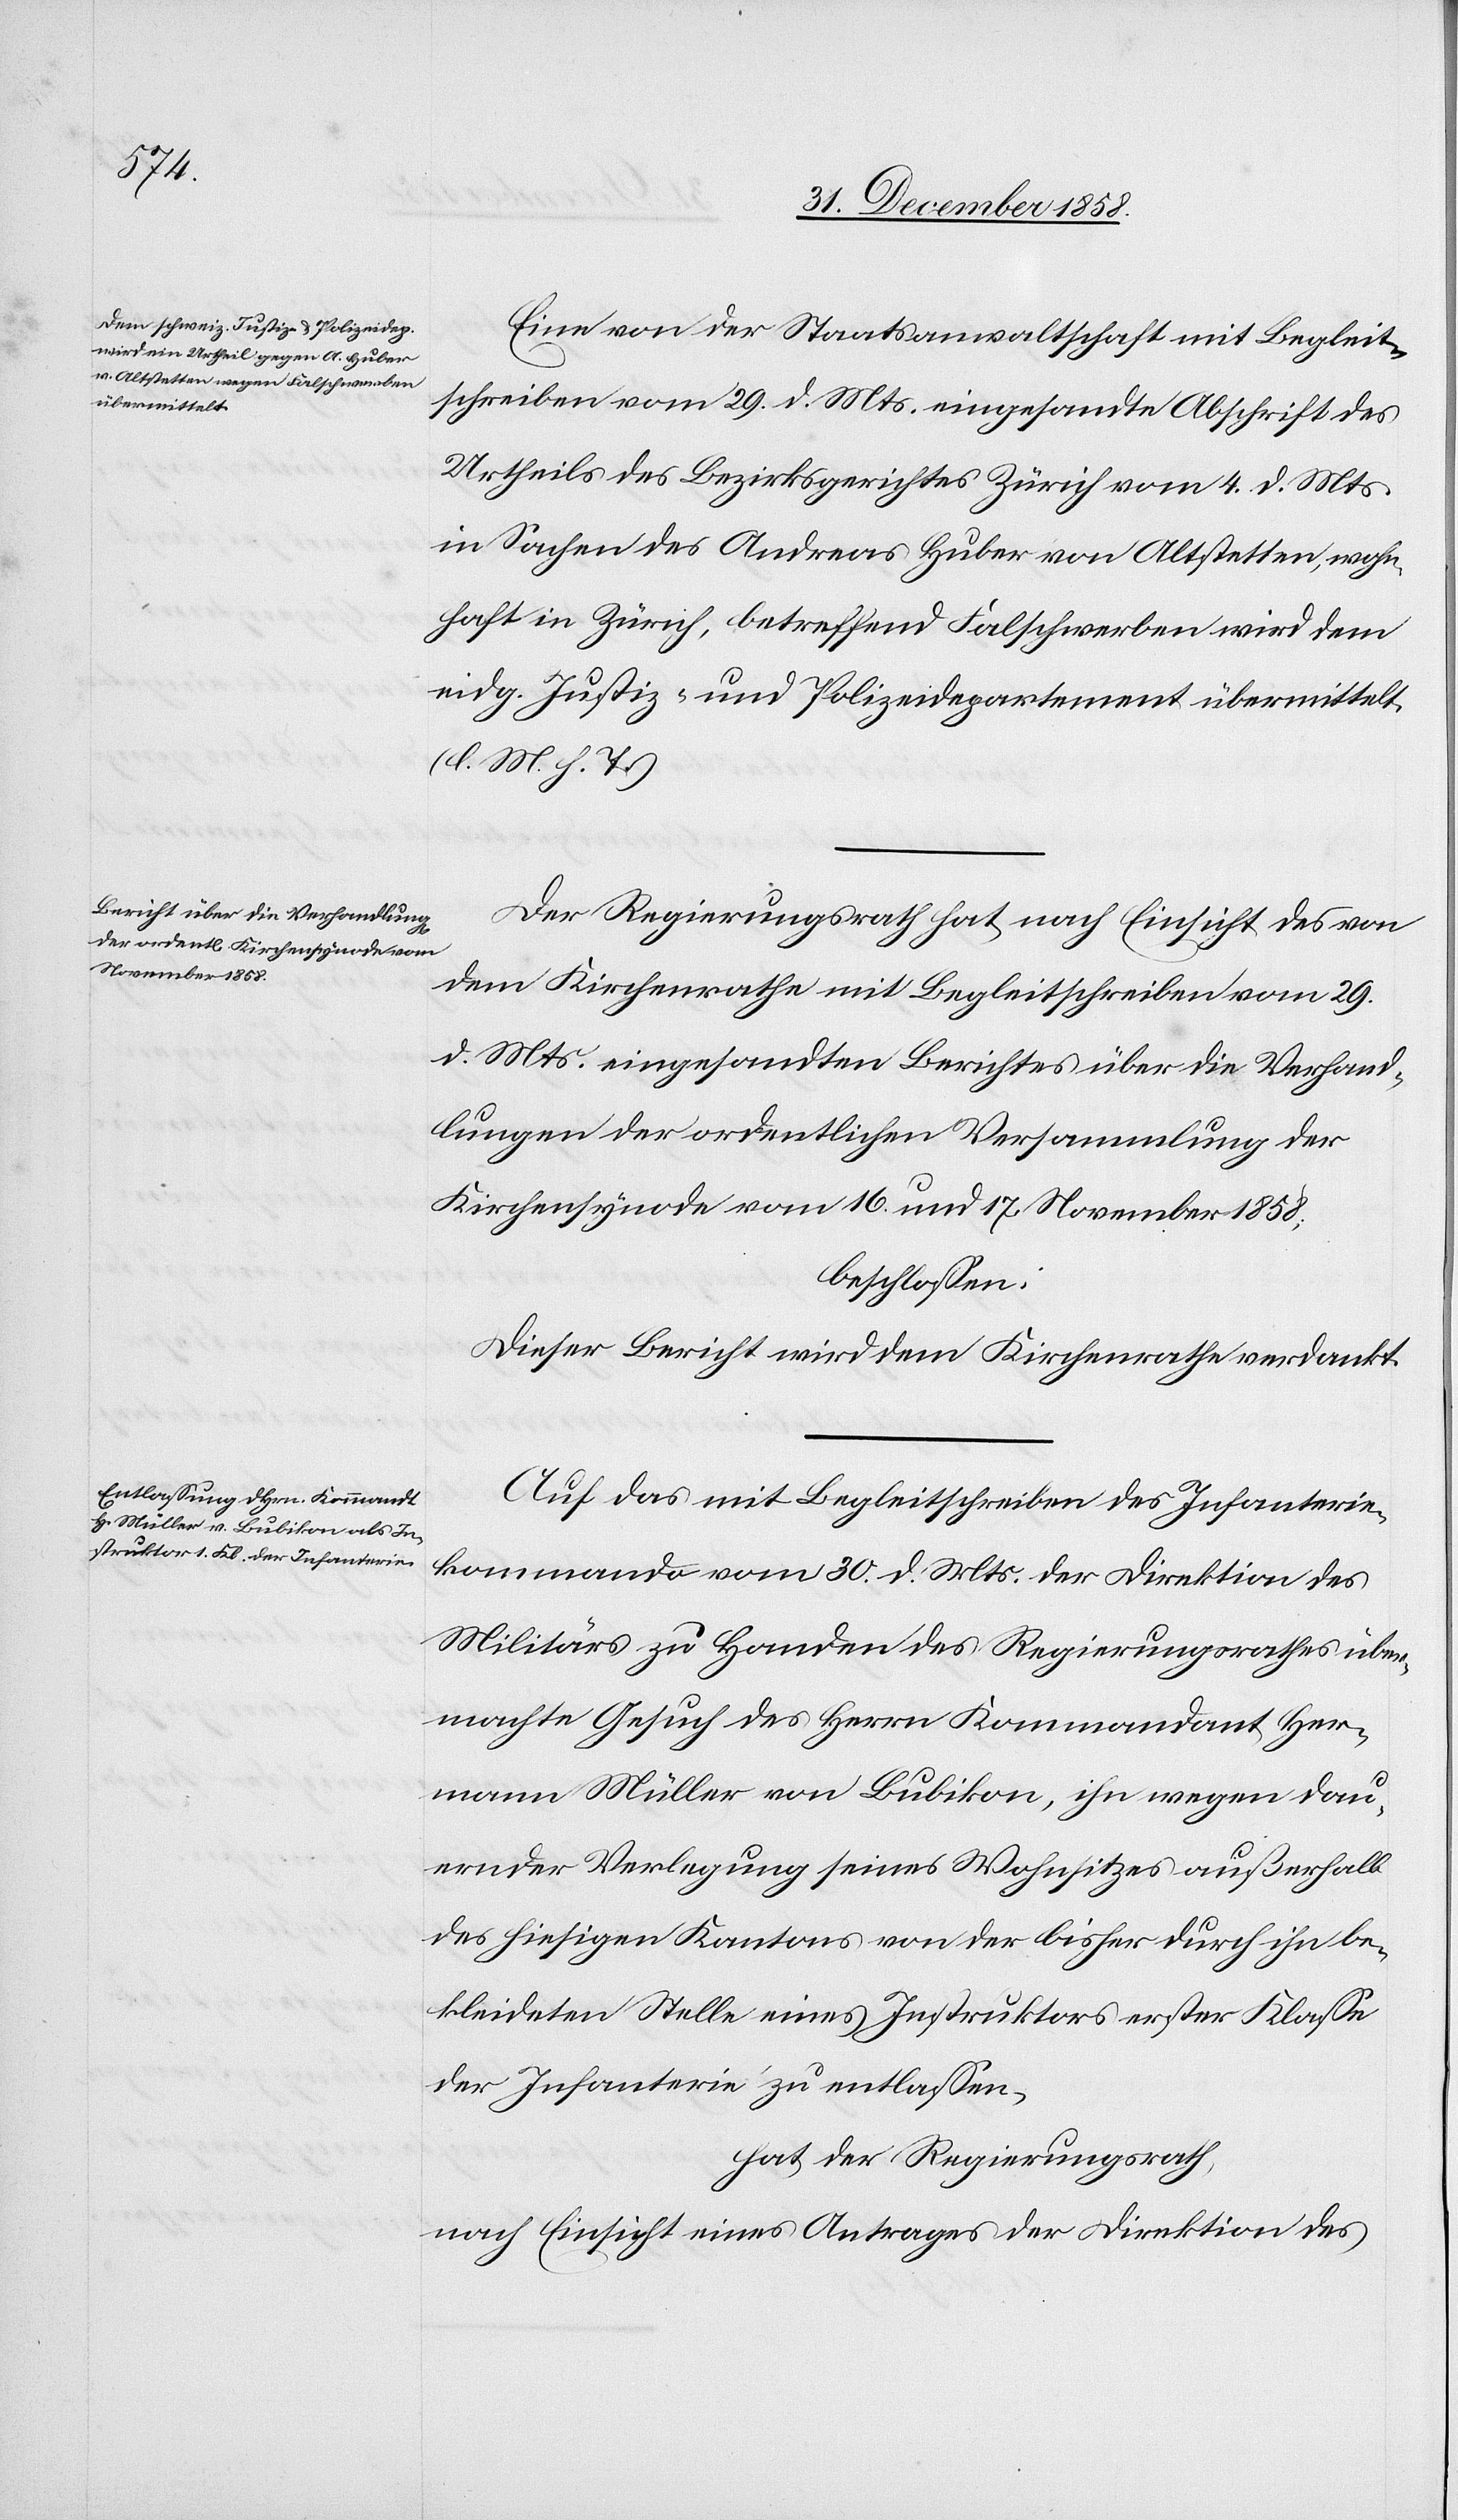
Eine von der Staatsanwaltschaft mit Begleit¬
schreiben vom 29. d. Mts. eingesandte Abschrift des
Urtheils des Bezirksgerichtes Zürich vom 4. d. Mts.
in Sachen des Andreas Huber von Altstetten, wohn¬
haft in Zürich, betreffend Falschwerben wird dem
eidg. Justiz- und Polizeidepartement übermittelt.
(l. M. h. T.)
Der Regierungsrath hat, nach Einsicht des von
dem Kirchenrathe mit Begleitschreiben vom 29.
d. Mts. eingesandten Berichtes über die Verhand¬
lungen der ordentlichen Versammlung der
Kirchensynode vom 16. und 17. November 1858;
beschlossen:
Dieser Bericht wird dem Kirchenrathe verdankt.
Auf das mit Begleitschreiben des Infanterie¬
kommando vom 30. d. Mts. der Direktion des
Militärs zu Handen des Regierungsrathes über¬
machte Gesuch des Herrn Kommandant Her¬
mann Müller von Bubikon, ihn wegen dau¬
ernder Verlegung seines Wohnsitzes außerhalb
des hiesigen Kantons von der bisher durch ihn be¬
kleideten Stelle eines Instruktors erster Klasse
der Infanterie zu entlassen,
hat der Regierungsrath,
nach Einsicht eines Antrages der Direktion des